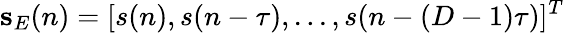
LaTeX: \textbf{s}_{E}(n)=[s(n),s(n-\tau),...,s(n-(D-1)\tau)]^{T}